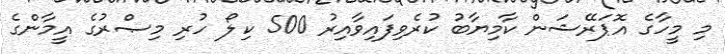
މި މީހާގެ އޮޕަރޭޝަން ކާމިޔާބު ކުރެވިފައިވާއިރު 500 ކިލޯ ހުރި މިޞްރުގެ އީމާންގެ